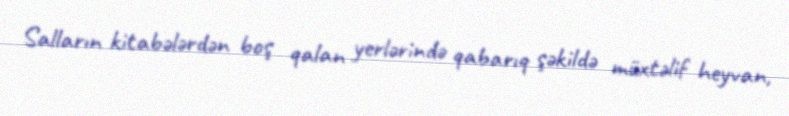
Salların kitabələrdən boş qalan yerlərində qabarıq şəkildə müxtəlif heyvan,